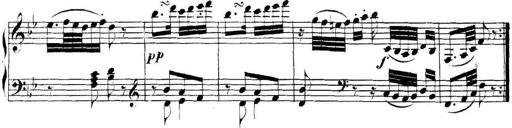
Title: Collected Piano Sonatas
Composer: Muzio Clementi